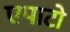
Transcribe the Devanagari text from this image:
एपाटो